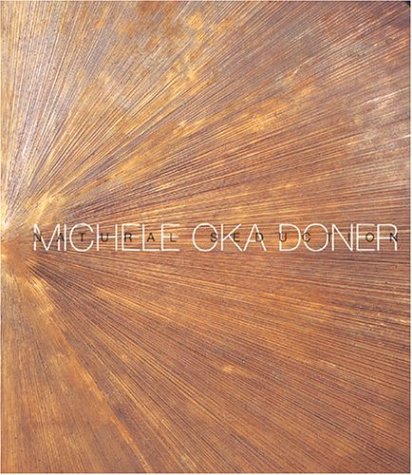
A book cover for Michele Oka Doner: Natural Seduction; Suzanne Ramljak; Arts & Photography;